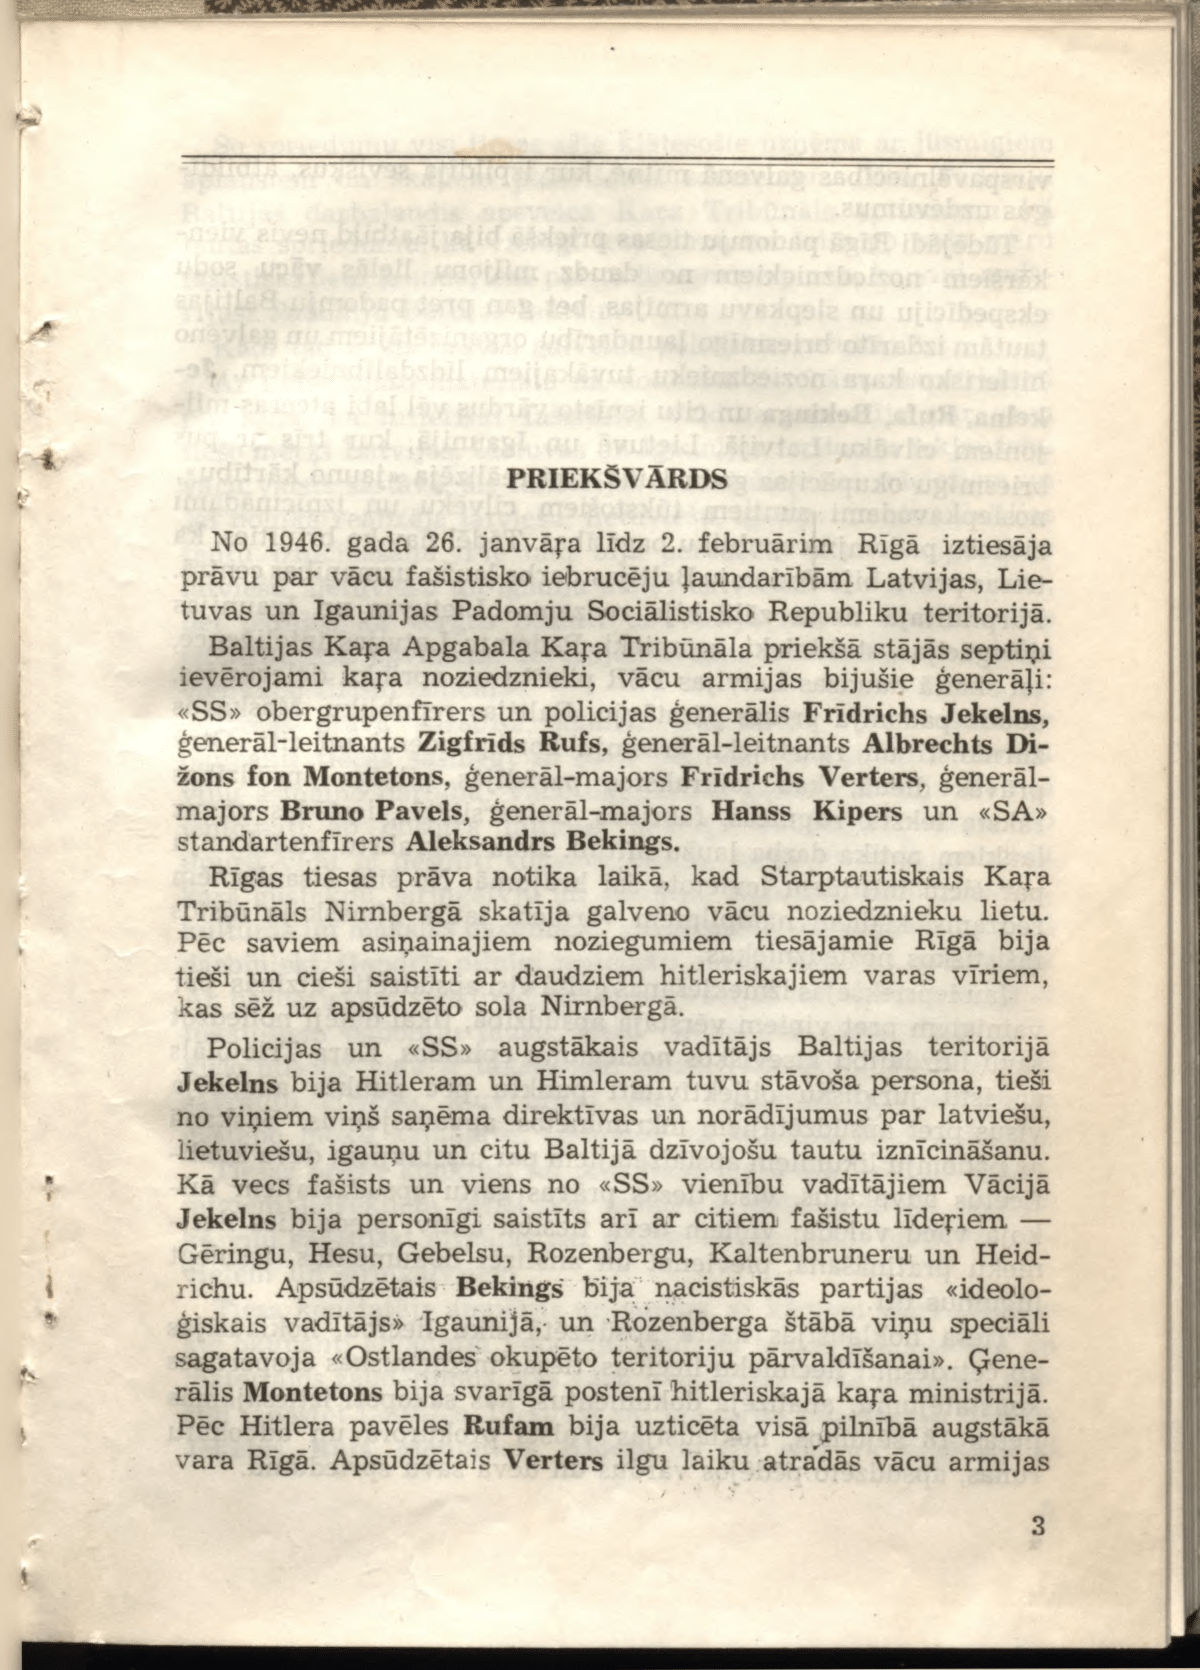
Language: lv